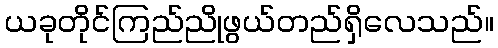
ယခုတိုင်ကြည်ညိုဖွယ်တည်ရှိလေသည်။